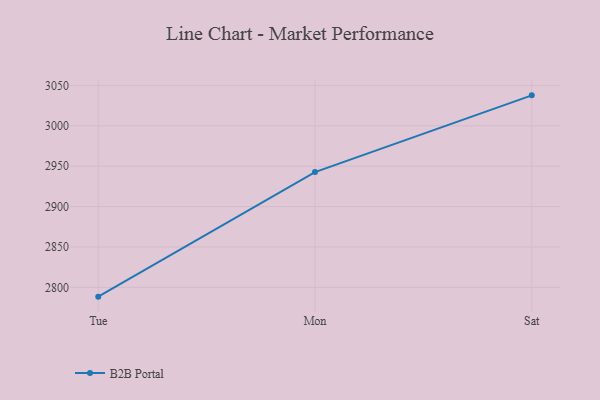
{"axis": {"x": "Day", "y": "Revenue (USD Million)"}, "legend": ["B2B Portal"], "data": [{"x": "Tue", "y": 2788.5, "type": "B2B Portal"}, {"x": "Mon", "y": 2942.7, "type": "B2B Portal"}, {"x": "Sat", "y": 3037.7, "type": "B2B Portal"}]}